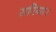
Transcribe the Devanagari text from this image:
सरिया।